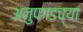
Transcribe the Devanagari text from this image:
अनुपगडच्या